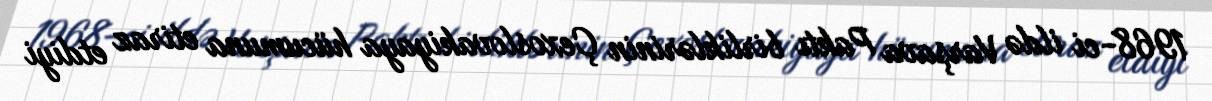
1968-ci ildə Varşava Paktı birliklərinin Çexoslovakiyaya hücumuna etiraz etdiyi